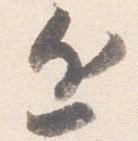
近